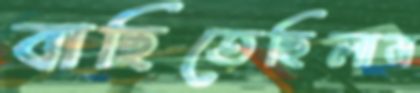
বাছিতেছিলাম